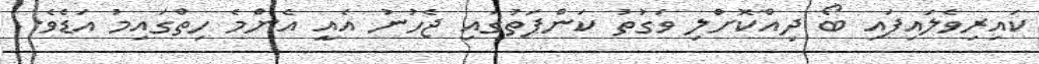
ކައިރިވެލައިފައި ބޯ ދިއްކޮށްލި ވަގުތު ކަންފަތުގައި ޖެހުނު އެއީ އެންމެ ހިތްގައިމު އަޑެވެ.